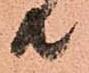
共